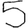
Digit: 5